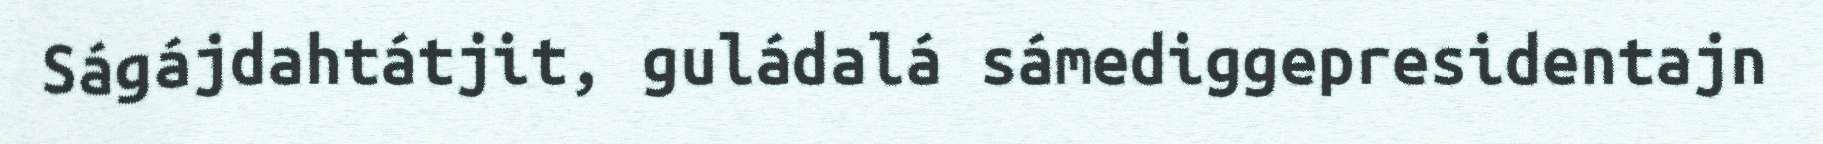
Ságájdahtátjit, guládalá sámediggepresidentajn